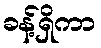
ခန့်ရှိကာ